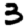
Digit: 3